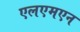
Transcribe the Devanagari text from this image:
एलएमएन